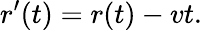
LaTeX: r^{\prime}(t)=r(t)-vt.